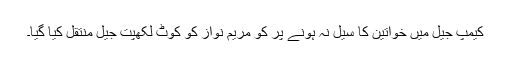
کیمپ جیل میں خواتین کا سیل نہ ہونے پر کو مریم نواز کو کوٹ لکھپت جیل منتقل کیا گیا۔